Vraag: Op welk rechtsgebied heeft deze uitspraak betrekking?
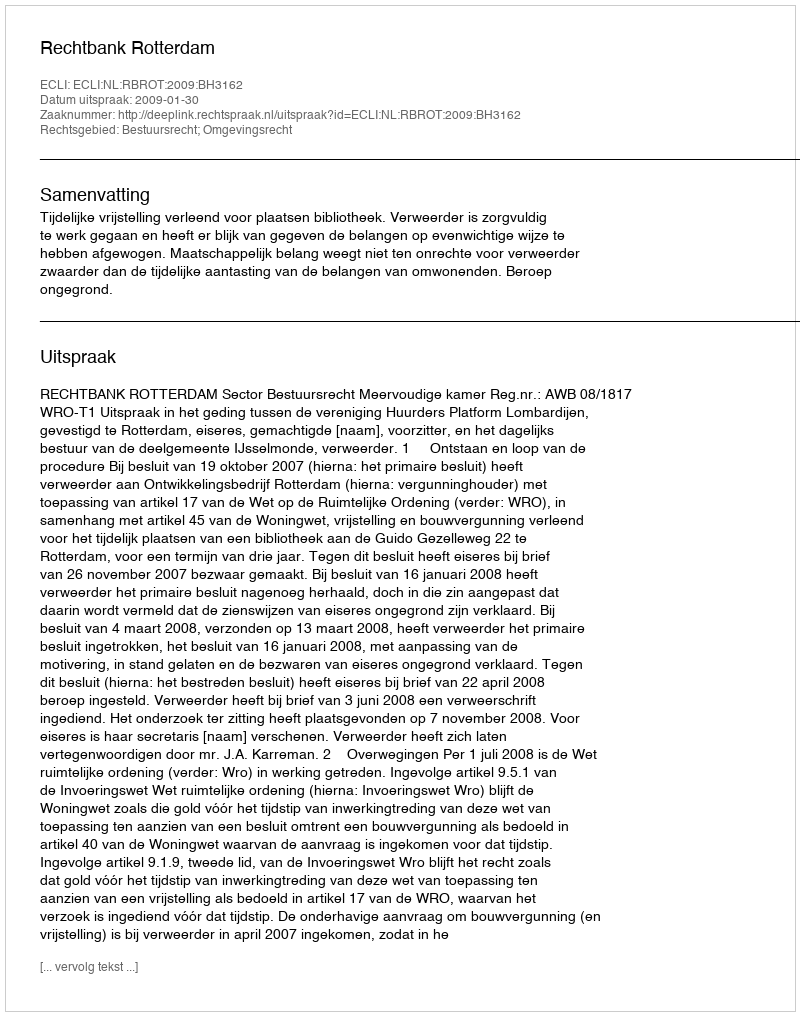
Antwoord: Bestuursrecht; Omgevingsrecht